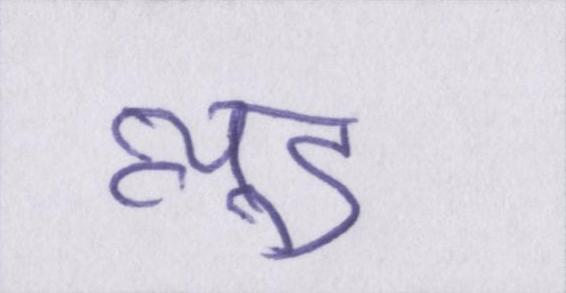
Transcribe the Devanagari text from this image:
न्यूड